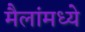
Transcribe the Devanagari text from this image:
मैलांमध्ये